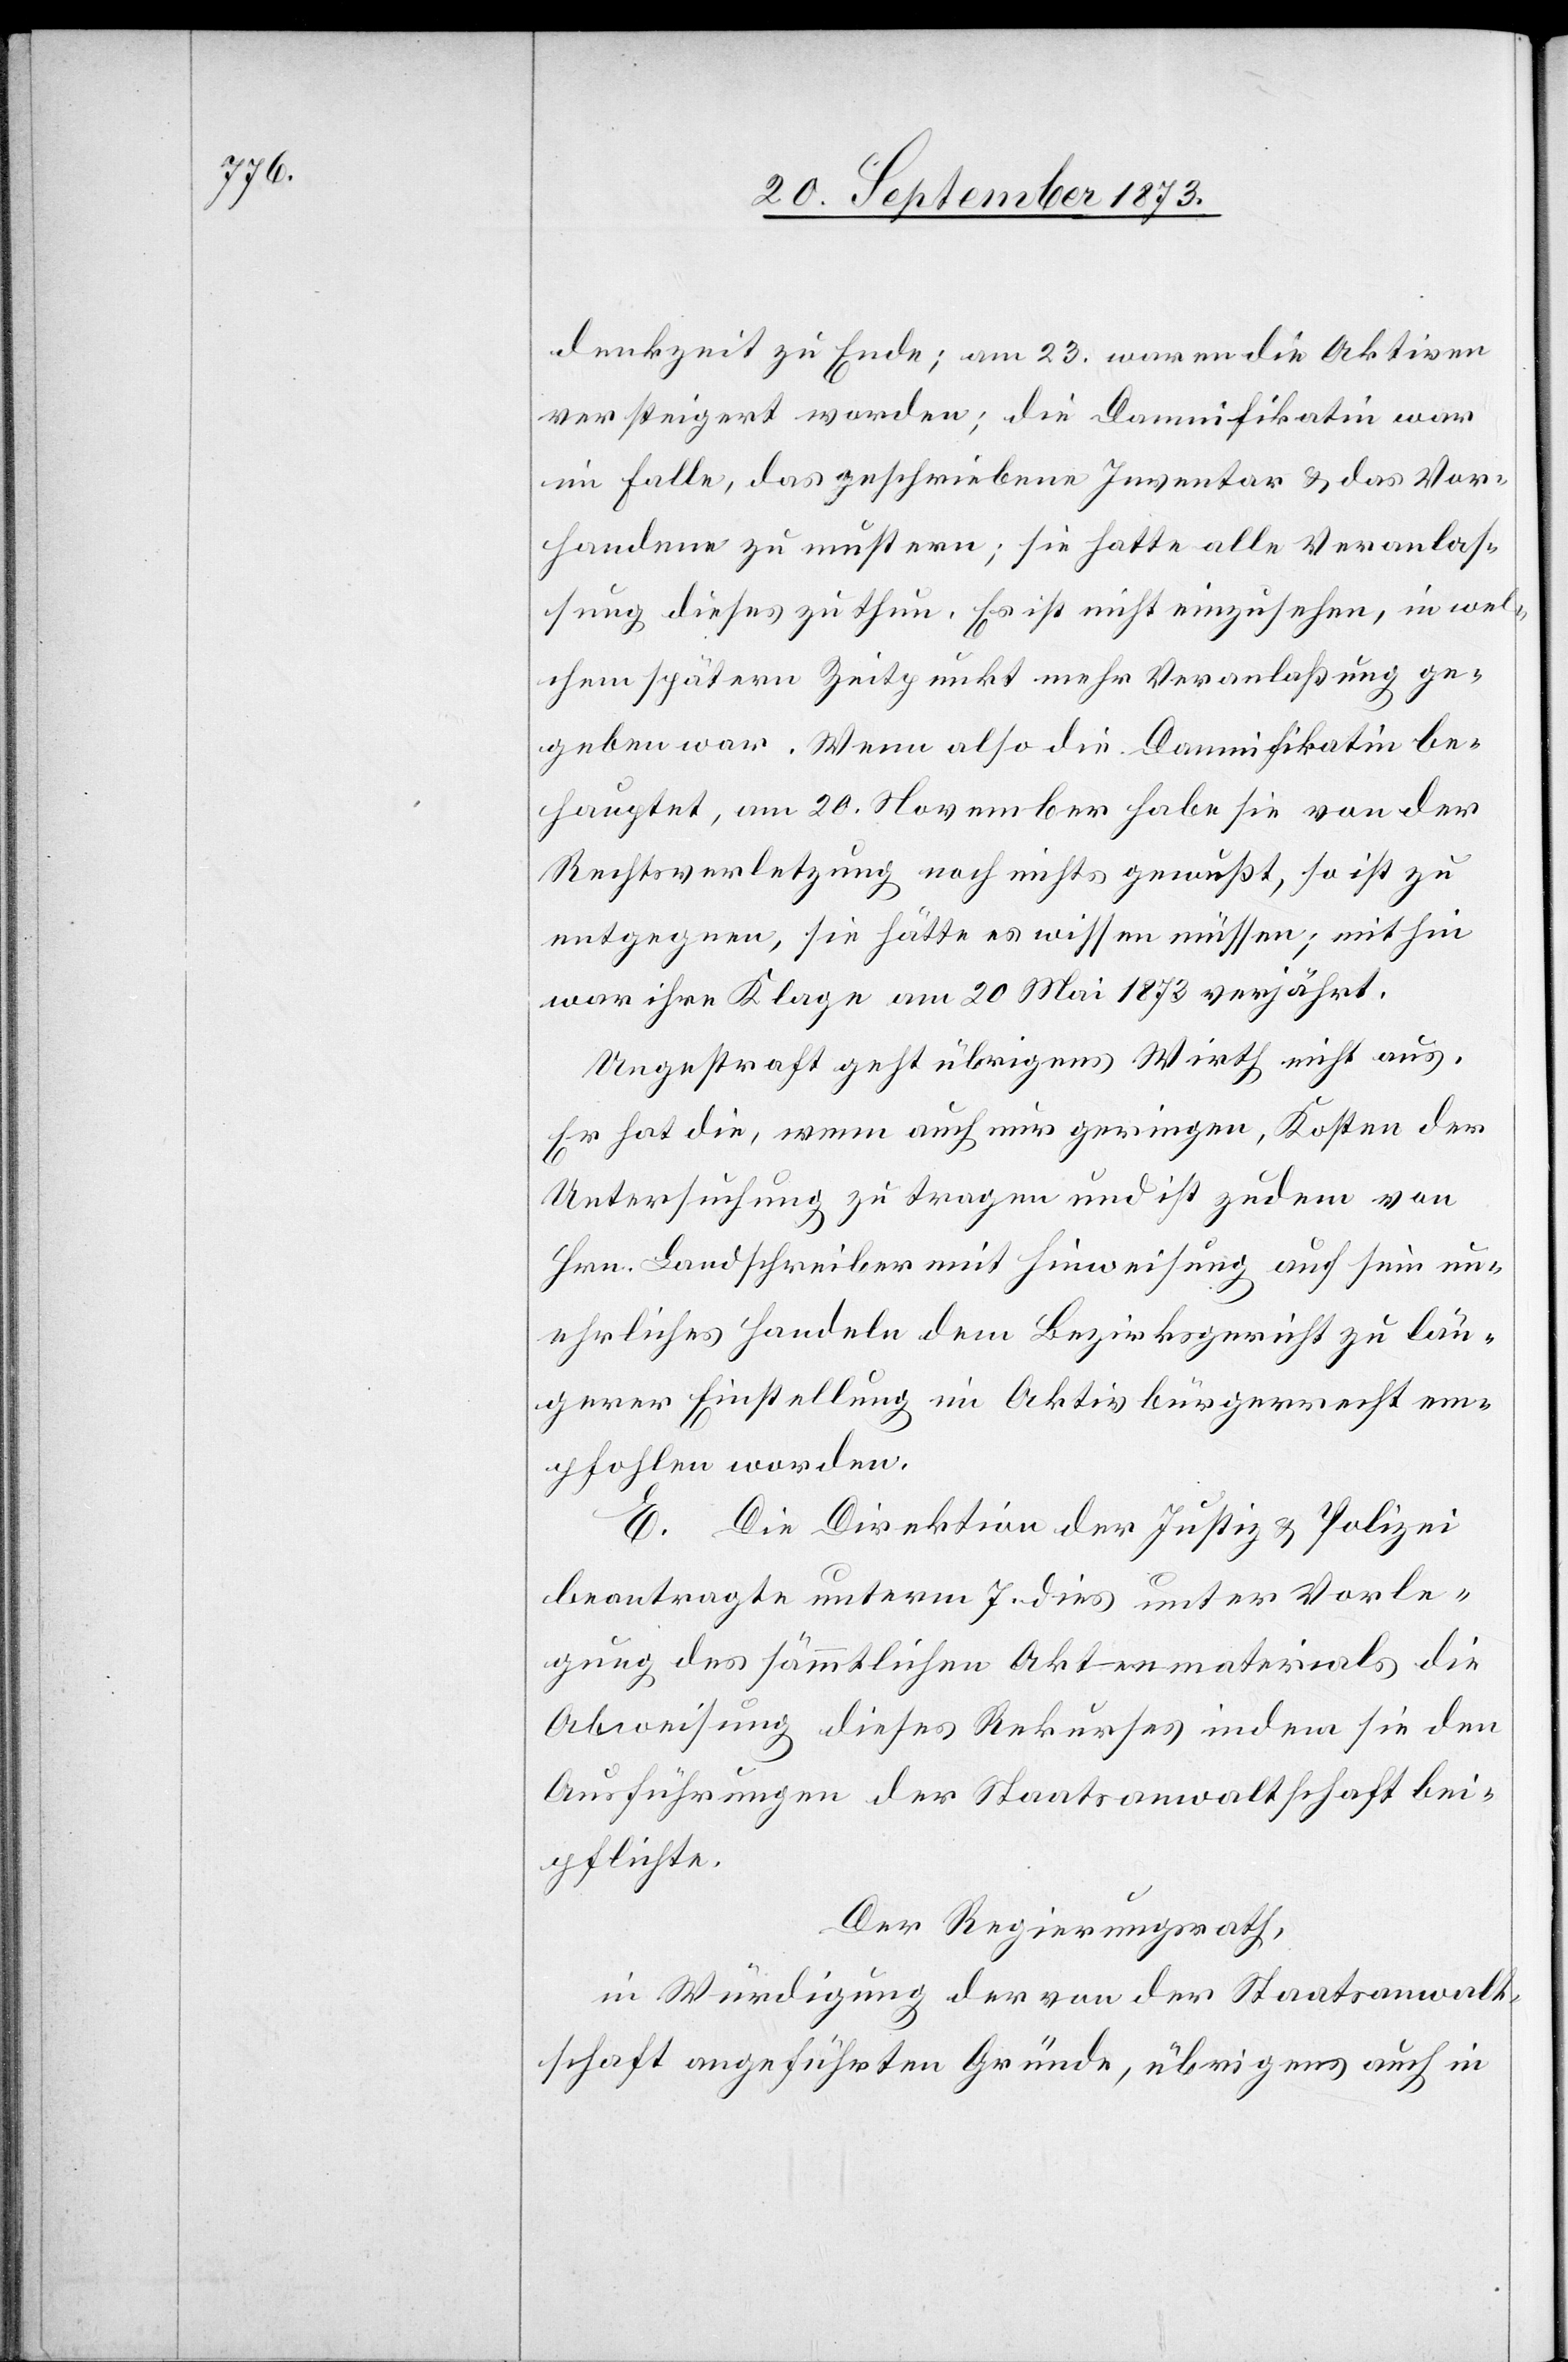
denkzeit zu Ende; am 23. waren die Aktiven
versteigert worden; die Damnifikatin war
im Falle, das geschriebene Inventar & das Vor¬
handene zu mustern; sie hatte alle Veranlas¬
sung dieses zu thun. Es ist nicht einzusehen, in wel¬
chem spätern Zeitpunkt mehr Veranlaßung ge¬
geben war. Wenn also die Damnifikatin be¬
hauptet, am 20. November habe sie von der
Rechtsverletzung noch nichts gewußt, so ist zu
entgegnen, sie hätte es wissen müssen; mithin
war ihre Klage am 20 Mai 1873 verjährt.
Ungestraft geht übrigens Wirth nicht aus.
Er hat die, wenn auch nur geringen, Kosten der
Untersuchung zu tragen und ist zudem von
Hrn. Landschreiber mit Hinweisung auf sein un¬
ehrliches Handeln dem Bezirksgericht zu län¬
gerer Einstellung im Aktivbürgerrecht em¬
pfohlen worden.
E. Die Direktion der Justiz & Polizei
beantragte unterm 7. dies unter Vorle¬
gung des sämmtlichen Aktenmaterials die
Abweisung dieses Rekurses indem sie den
Ausführungen der Staatsanwaltschaft bei¬
pflichte.
Der Regierungsrath,
in Würdigung der von der Staatsanwalt¬
schaft angeführten Gründe, übrigens auch in